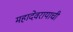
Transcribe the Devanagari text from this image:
महादेवरायाची